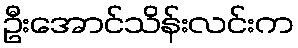
ဦးအောင်သိန်းလင်းက